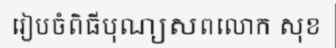
រៀបចំពិធីបុណ្យសពលោក សុខ